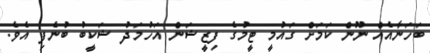
ބަހަނާއެއް ނޫން ކަމަށް ގައުމީ ޓީމުގެ ފިޒީޝަން އަހުމަދު ޝަކީބު ބުނެފި އެވެ.